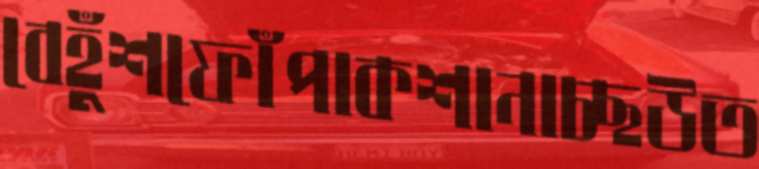
বেহুঁশফোঁপাকশানাচ্ছউত